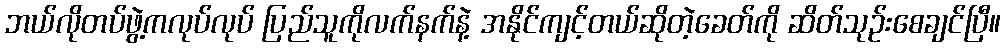
ဘယ်လိုတပ်ဖွဲ့ကလုပ်လုပ် ပြည်သူကိုလက်နက်နဲ့ အနိုင်ကျင့်တယ်ဆိုတဲ့ခေတ်ကို ဆိတ်သုဉ်းစေချင်ပြီ။